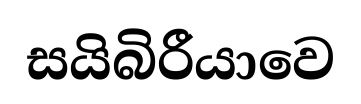
සයිබිරීයාවෙ